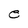
Character: e